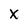
Character: X